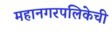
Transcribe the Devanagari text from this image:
महानगरपलिकेची